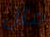
مثل